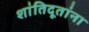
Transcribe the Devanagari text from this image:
शांतिदूतांना